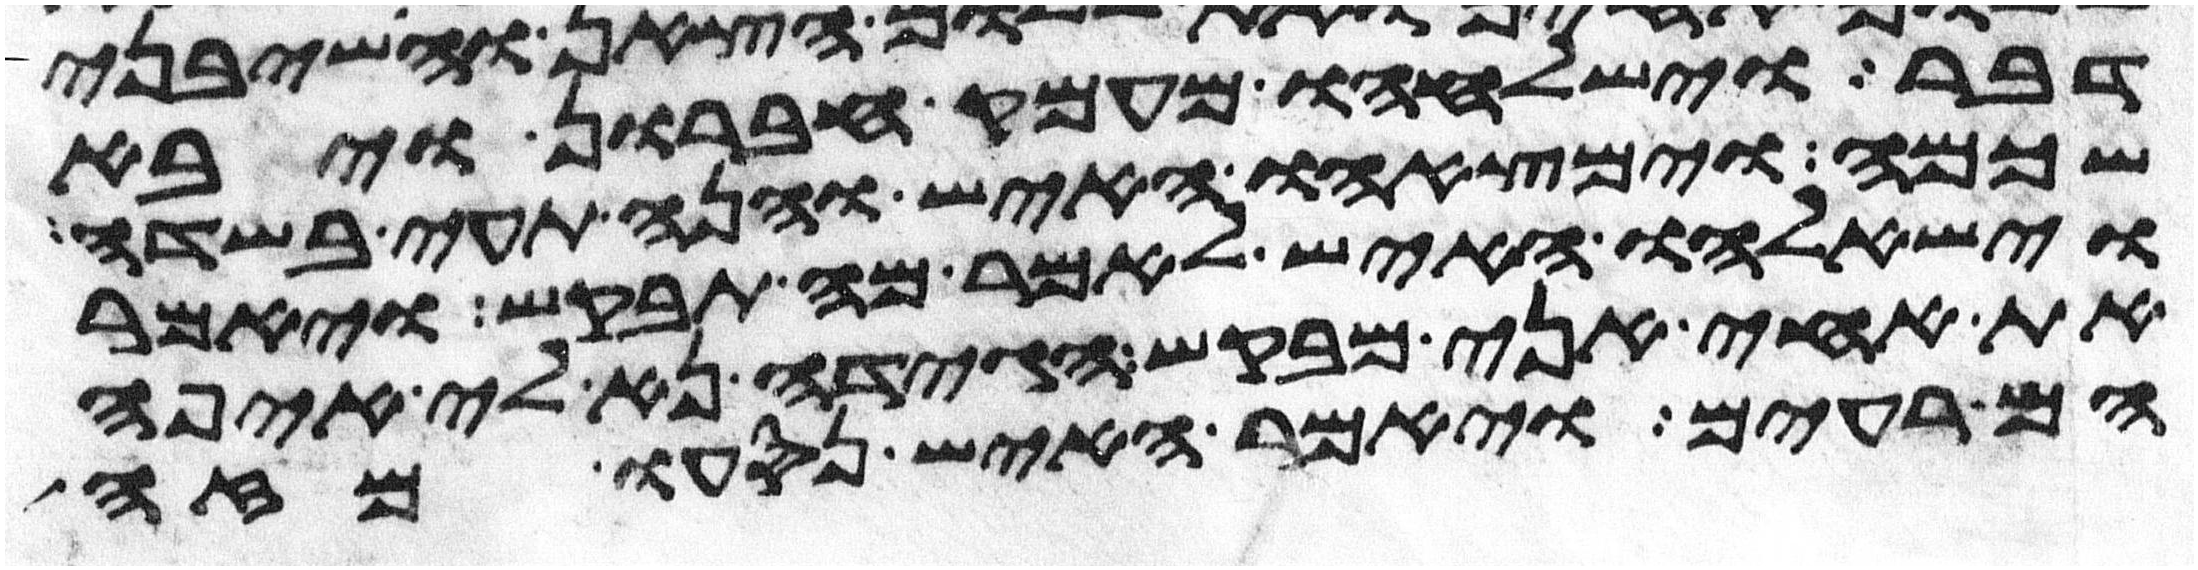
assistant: דבר וישלחהו מעמק חברון ויבא
שכמה וימצאהו האיש והנה תעה בשדה
וישאלהו האיש לאמר מה תבקש ויאמר
את אחי אני מבקש הגידה נא לי איפה
הם רעים ויאמר האיש נסעו מזה